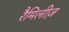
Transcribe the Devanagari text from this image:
रैमिलीज़